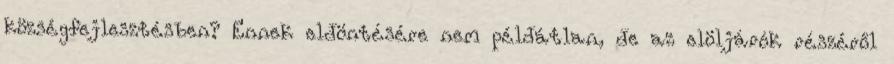
községfejlesztésben? Ennek eldöntésére nem példátlan, de az elöljárók részéről